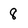
Character: 8